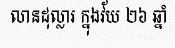
លានដុល្លារ ក្នុងវ័យ ២៦ ឆ្នាំ